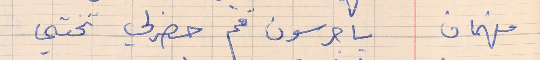
فهمان     يا جرسون قم حضرلي تختي